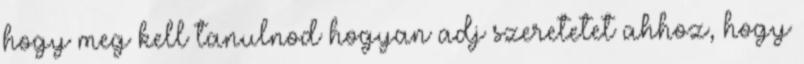
hogy meg kell tanulnod hogyan adj szeretetet ahhoz, hogy